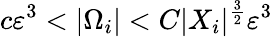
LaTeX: c\varepsilon^{3}<|\Omega_{i}|<C|X_{i}|^{\frac{3}{2}}\varepsilon^{3}